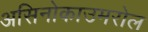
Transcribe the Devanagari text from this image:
असिनोकाउमरोल